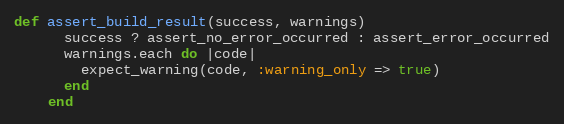
Language: Ruby
def assert_build_result(success, warnings)
      success ? assert_no_error_occurred : assert_error_occurred
      warnings.each do |code|
        expect_warning(code, :warning_only => true)
      end
    end